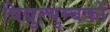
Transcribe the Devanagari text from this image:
विद्युत्चुम्बकों